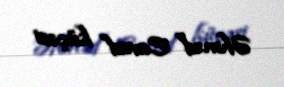
Əhməd Cavad küçəsi